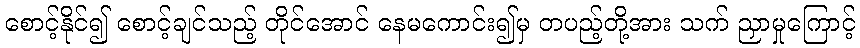
စောင့်နိုင်၍ စောင့်ချင်သည့် တိုင်အောင် နေမကောင်း၍မှ တပည့်တို့အား သက် ညှာမှုကြောင့်